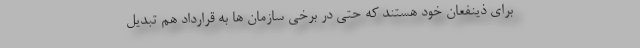
برای ذینفعان خود هستند که حتی در برخی سازمان ها به قرارداد هم تبدیل